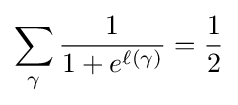
\sum _{\gamma }{\frac {1}{1+e^{\ell (\gamma )}}}={\frac {1}{2}}